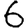
Digit: 6